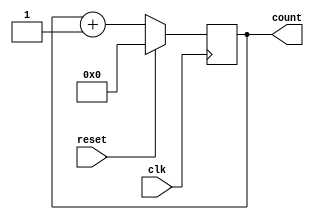
module synchronous_counter (
    input wire clk,        // Clock input
    input wire reset,      // Asynchronous reset input
    output reg [3:0] count // 4-bit counter output
);

// Initial block to set the initial state of the counter
initial begin
    count = 4'b0000; // Initialize count to 0
end

// Always block sensitive to the positive edge of the clock
always @(posedge clk) begin
    if (reset) begin
        count <= 4'b0000; // Reset the counter to 0
    end else begin
        count <= count + 1; // Increment the counter
    end
end

endmodule